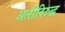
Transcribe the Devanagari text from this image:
अलीविरुद्ध